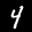
Label: 4